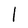
Character: l